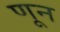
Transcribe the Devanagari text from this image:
णून